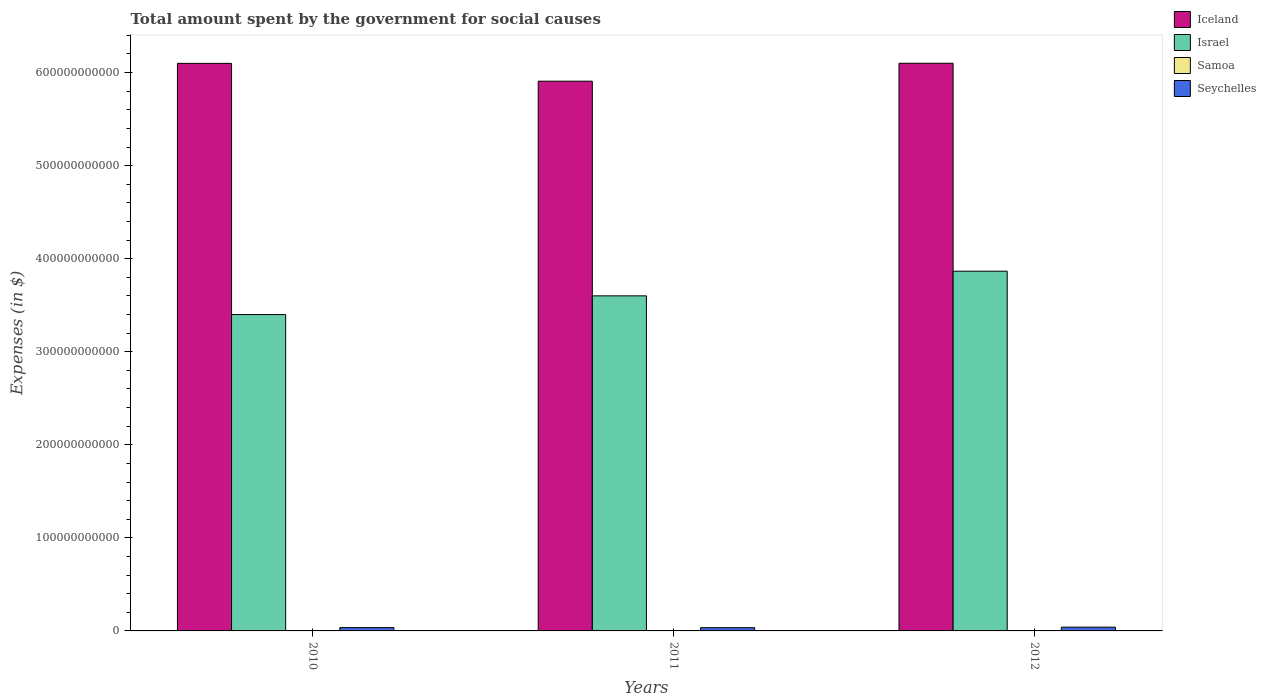
| Years | Iceland | Israel | Samoa | Seychelles |
 | --- | --- | --- | --- | --- |
 | 2010 | 6.1e+11 | 3.4e+11 | 4.32e+05 | 3.59e+09 |
 | 2011 | 5.91e+11 | 3.6e+11 | 4.53e+05 | 3.47e+09 |
 | 2012 | 6.1e+11 | 3.87e+11 | 4.53e+05 | 4.04e+09 |